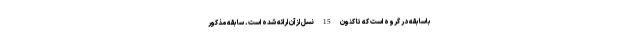
باسابقه در گروه است که تا کنون 15 نسل از آن ارائه شده است. سابقه مذکور